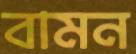
বামন